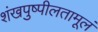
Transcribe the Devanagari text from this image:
शंखपुष्पीलतामूलं